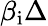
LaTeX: \beta_{\mathrm{i}}\Delta